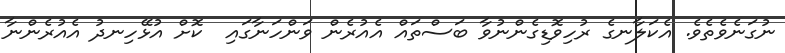
ނުގަނެވެތެވެ. އެކަލާނގެ ރުހިވޮޑިގެންނުވާ ބަސްތައް އެއުރެން ވަންހަނާގައި  ކޮށް އުޅޭހިނދު އެއުރެންނާ